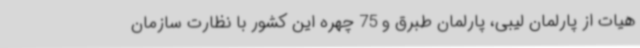
هیات از پارلمان لیبی، پارلمان طبرق و 75 چهره این کشور با نظارت سازمان